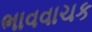
ભાવવાચક